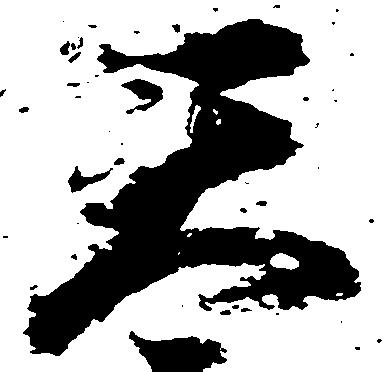
天